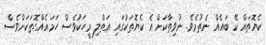
ކެޔޮތައް ކޭ ބައެެެެއް ނެތުމެވެ. ނުވިތާކަށް އެ ކެޔޮތަކުގައި އަތްލި މީހަކުވެސް ހަމައެއްގޮތަކަށްވެސް